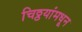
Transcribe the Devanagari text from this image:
चिठ्ठयांमधून